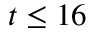
t \leq 1 6